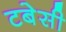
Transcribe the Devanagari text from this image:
टबेसी